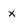
Character: x